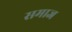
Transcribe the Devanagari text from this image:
समाज